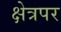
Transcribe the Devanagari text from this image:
क्षेत्रपर